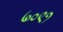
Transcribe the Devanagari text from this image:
७०९१